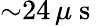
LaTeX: {\sim}24\, \mu\mathrm{~s~}